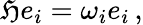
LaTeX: \mathfrak{H}e_{i}=\omega_{i}e_{i}\, ,